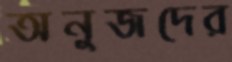
অনুজদের